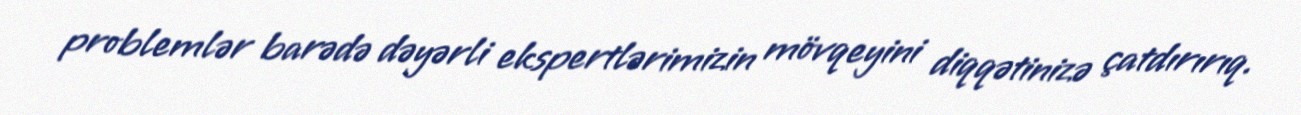
problemlər barədə dəyərli ekspertlərimizin mövqeyini diqqətinizə çatdırırıq.